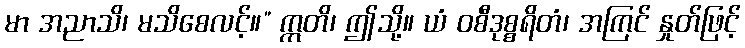
မာ အညာသိ၊ မသိစေလင့်။” ဣတိ၊ ဤသို့။ ယံ ဝစီဒုစ္စရိတံ၊ အကြင် နှုတ်ဖြင့်